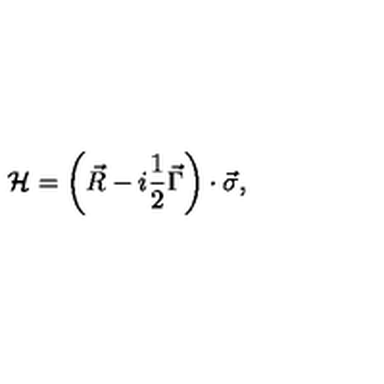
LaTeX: { \cal H } = \left( \vec { R } - i \frac 1 2 \vec { \Gamma } \right) \cdot \vec { \sigma } ,